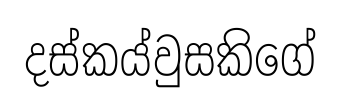
දස්කය්වුසකිගේ